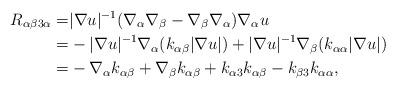
LaTeX: \begin{align*} R_{\alpha\beta3\alpha}=&|\nabla u|^{-1}(\nabla_\alpha\nabla_\beta-\nabla_\beta\nabla_\alpha)\nabla_\alpha u \\=& -|\nabla u|^{-1}\nabla_\alpha( k_{\alpha \beta}|\nabla u|)+|\nabla u|^{-1}\nabla_\beta( k_{\alpha \alpha}|\nabla u|) \\=&-\nabla_\alpha k_{\alpha \beta}+\nabla_{\beta}k_{\alpha \beta}+k_{\alpha 3}k_{\alpha \beta}-k_{\beta 3}k_{\alpha\alpha},\end{align*}